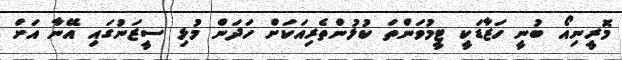
މޮރީނިއޯ ބުނީ ހަޒާޑަކީ ޓީމުވަންތަ ކުޅުންތެރިއަކަށް ހަދަން މުޅި ސީޒަނުގައި އޭނާ އަށް